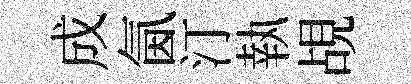
成氤汀執覘